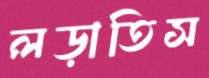
লড়াতিস